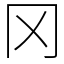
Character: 冈